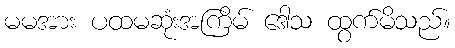
မမအား ပထမဆုံးအကြိမ် ဒေါသ ထွက်မိသည်။